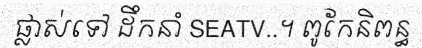
ផ្លាស់ទៅ ដឹកនាំ SEATV..។ ពូកែនិពន្ធ